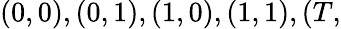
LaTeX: (0,0),(0,1),(1,0),(1,1),(T,